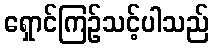
ရှောင်ကြဉ်သင့်ပါသည်